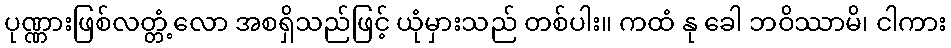
ပုဏ္ဏားဖြစ်လတ္တံ့လော အစရှိသည်ဖြင့် ယုံမှားသည် တစ်ပါး။ ကထံ နု ခေါ ဘဝိဿာမိ၊ ငါကား